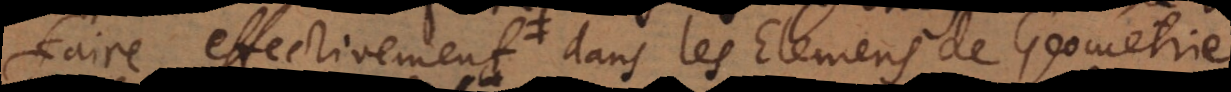
faire effectivement dans les Elemens de Geometrie